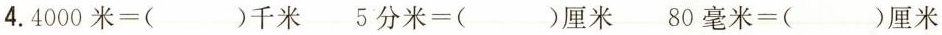
4.$$4 0 0 0 米 = ( ) 千 米$$ $$5 分 米 = ( ) 厘 米$$ $$8 0 毫 米 = ( ) 厘 米$$